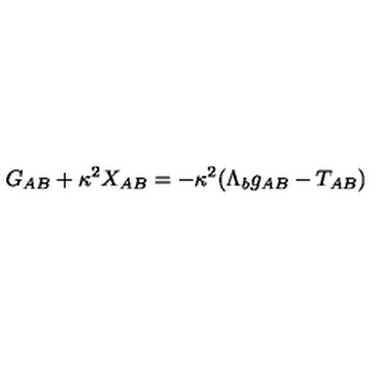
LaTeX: G _ { A B } + \kappa ^ { 2 } X _ { A B } = - \kappa ^ { 2 } ( \Lambda _ { b } g _ { A B } - T _ { A B } )